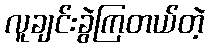
လူချင်းခွဲကြတယ်တဲ့